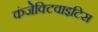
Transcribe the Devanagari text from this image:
कंजेक्टिवाइटिस